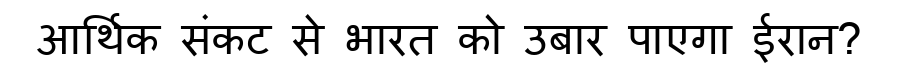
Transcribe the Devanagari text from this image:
आर्थिक संकट से भारत को उबार पाएगा ईरान?